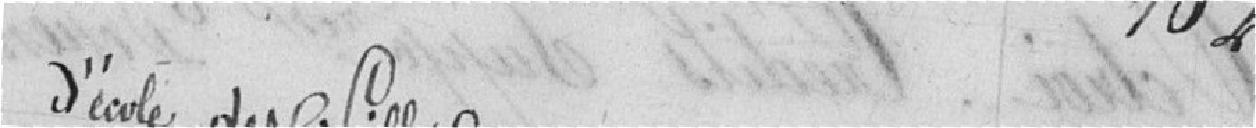
102